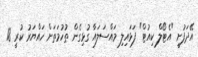
އޭދަފުށީ "އެޓޯލް ކިއުޓް" ފަޅައިލި މައްސަލައާ ގުޅިގެން ތުހުމަތަށް ހައްޔަރު ކުރީ 18